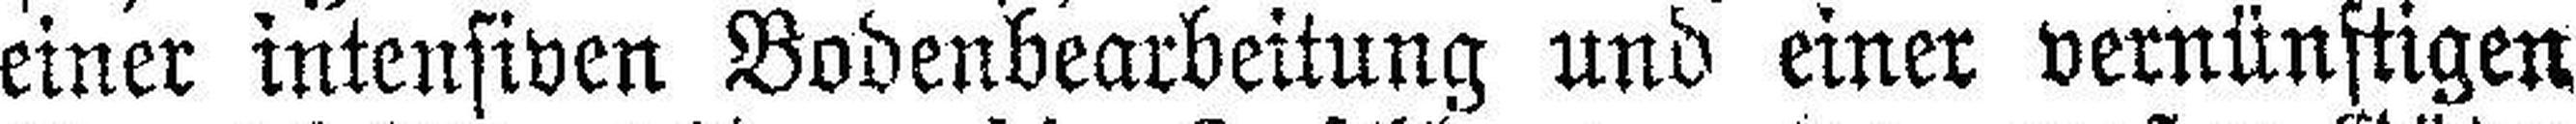
einer intensiven Bodenbearbeitung und einer vernünftigen